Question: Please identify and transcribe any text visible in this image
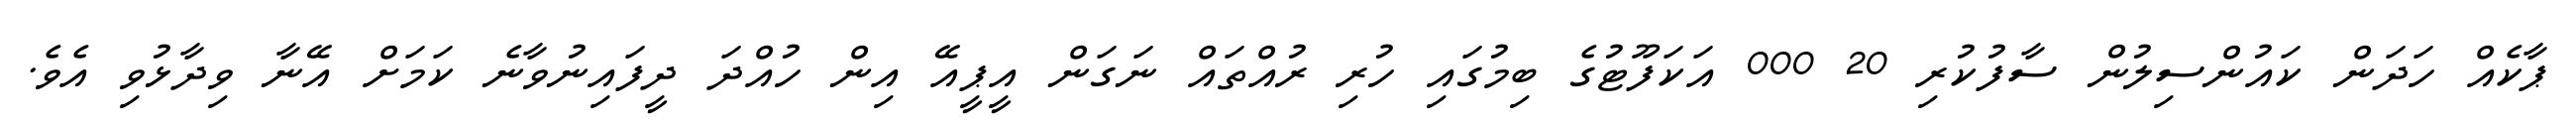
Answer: ޕާކެއް ހަދަން ކައުންސިލުން ސާފުކުރި 20 000 އަކަފޫޓުގެ ބިމުގައި ހުރި ރުއްތައް ނަގަން އީޕީއޭ އިން ހުއްދަ ދީފައިނުވާނެ ކަމަށް އޭނާ ވިދާޅުވި އެވެ.